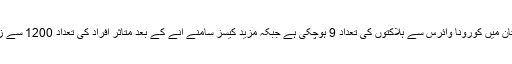
خیال رہے پاکستان میں کورونا وائرس سے ہلاکتوں کی تعداد 9 ہوچکی ہے جبکہ مزید کیسز سامنے آنے کے بعد متاثر افراد کی تعداد 1200 سے زائد ہو چکی ہے۔